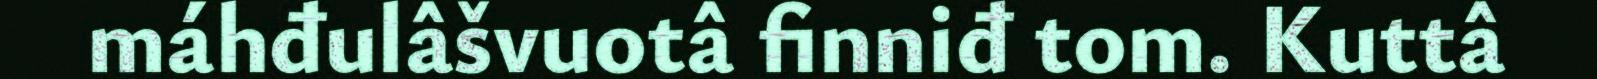
máhđulâšvuotâ finniđ tom. Kuttâ